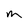
Character: m